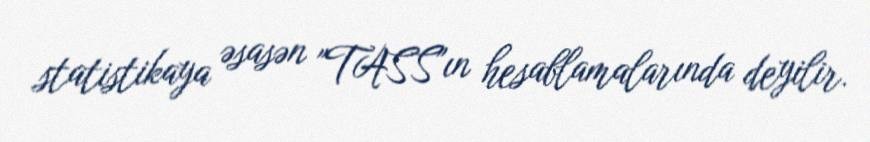
statistikaya əsasən "TASS"ın hesablamalarında deyilir.